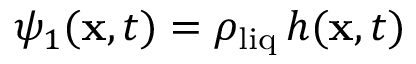
\psi _ { 1 } ( \mathbf x , t ) = \rho _ { \mathrm { l i q } } \, h ( \mathbf x , t )